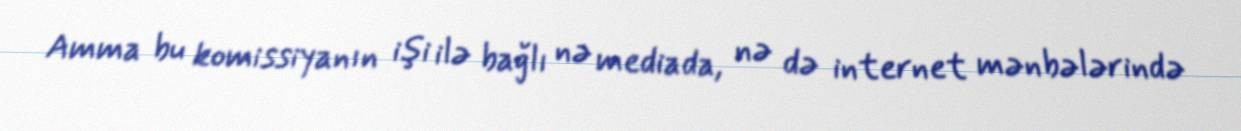
Amma bu komissiyanın işi ilə bağlı nə mediada, nə də internet mənbələrində